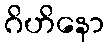
ဂိဟိနော